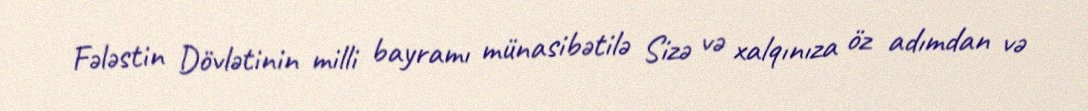
Fələstin Dövlətinin milli bayramı münasibətilə Sizə və xalqınıza öz adımdan və